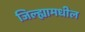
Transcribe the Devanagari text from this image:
जिल्‍ह्यामधील